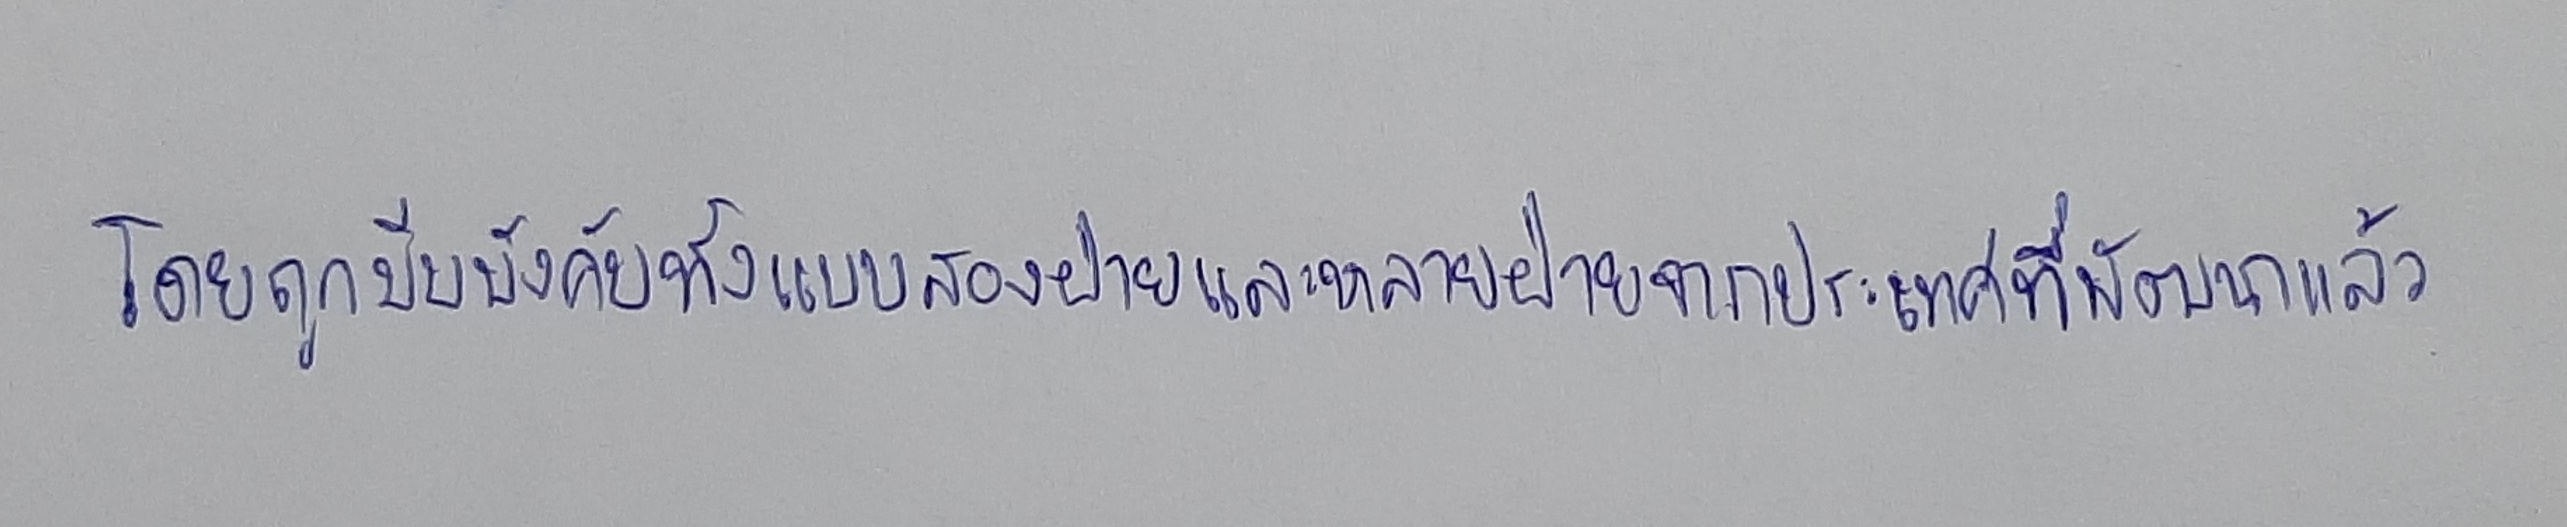
โดยถูกบีบบังคับทั้งแบบสองฝ่ายและหลายฝ่ายจากประเทศที่พัฒนาแล้ว